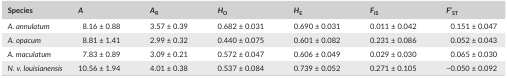
<table><thead><tr><td><b>Species</b></td><td><b><i>A</i></b></td><td><b><i>A</i><sub>R</sub></b></td><td><b><i>H</i><sub>O</sub></b></td><td><b><i>H</i><sub>E</sub></b></td><td><b><i>F</i><sub>IS</sub></b></td><td><b><i>F</i>’<sub>ST</sub></b></td></tr></thead><tbody><tr><td><i>A. annulatum</i></td><td>8.16 ± 0.88</td><td>3.57 ± 0.39</td><td>0.682 ± 0.031</td><td>0.690 ± 0.031</td><td>0.011 ± 0.042</td><td>0.151 ± 0.047</td></tr><tr><td><i>A. opacum</i></td><td>8.81 ± 1.41</td><td>2.99 ± 0.32</td><td>0.440 ± 0.075</td><td>0.601 ± 0.082</td><td>0.231 ± 0.086</td><td>0.052 ± 0.043</td></tr><tr><td><i>A. maculatum</i></td><td>7.83 ± 0.89</td><td>3.09 ± 0.21</td><td>0.572 ± 0.047</td><td>0.606 ± 0.049</td><td>0.029 ± 0.030</td><td>0.065 ± 0.030</td></tr><tr><td><i>N. v. louisianensis</i></td><td>10.56 ± 1.94</td><td>4.01 ± 0.38</td><td>0.537 ± 0.084</td><td>0.739 ± 0.052</td><td>0.271 ± 0.105</td><td>−0.050 ± 0.092</td></tr></tbody></table>